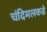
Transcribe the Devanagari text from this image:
चंदिमलकडे